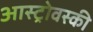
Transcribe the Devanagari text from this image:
आस्ट्रोवस्की